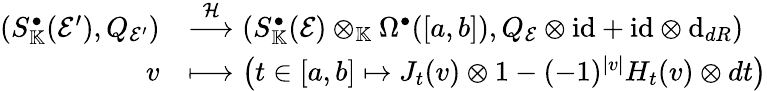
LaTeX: \begin{array}{rl}{(S_{\mathbb{K}}^{\bullet}(\mathcal{E}^{\prime}),Q_{\mathcal{E}^{\prime}})}&{\stackrel{\mathcal{H}}{\longrightarrow}(S_{\mathbb{K}}^{\bullet}(\mathcal{E})\otimes_{\mathbb{K}}\Omega^{\bullet}([a,b]),Q_{\mathcal{E}}\otimes\mathrm{id}+\mathrm{id}\otimes\mathrm{d}_{{dR}})}\\ {v}&{\longmapsto\left(t\in[a,b]\mapsto J_{t}(v)\otimes 1-(-1)^{|v|}H_{t}(v)\otimes dt\right)}\end{array}